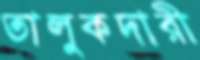
তালুকদারী